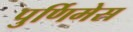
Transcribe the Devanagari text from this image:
पुर्णिमेस